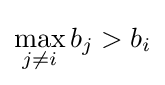
\max _{j\neq i}b_{j}>b_{i}